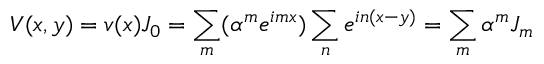
V ( x , y ) = v ( x ) J _ { 0 } = \sum _ { m } ( \alpha ^ { m } e ^ { i m x } ) \sum _ { n } e ^ { i n ( x - y ) } = \sum _ { m } \alpha ^ { m } J _ { m }